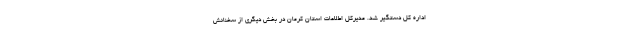
اداره کل دستگیر شد. مدیرکل اطلاعات استان کرمان در بخش دیگری از سخنانش